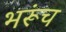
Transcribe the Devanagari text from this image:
भरूंच